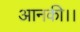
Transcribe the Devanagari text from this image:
आनकी।।